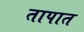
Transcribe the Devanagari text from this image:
तापात